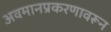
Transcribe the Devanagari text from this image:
अवमानप्रकरणावरून